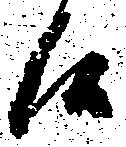
候